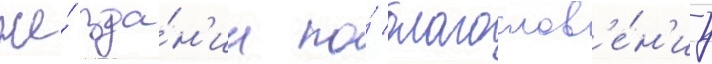
же́ зда́н'ии по́ благослов'е́н'иу